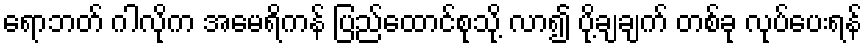
ရောဘတ် ဂါလိုက အမေရိကန် ပြည်ထောင်စုသို့ လာ၍ ပို့ချချက် တစ်ခု လုပ်ပေးရန်